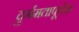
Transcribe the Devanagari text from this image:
दुर्गमतापूर्वक